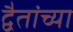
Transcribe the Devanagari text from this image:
द्वैतांच्या